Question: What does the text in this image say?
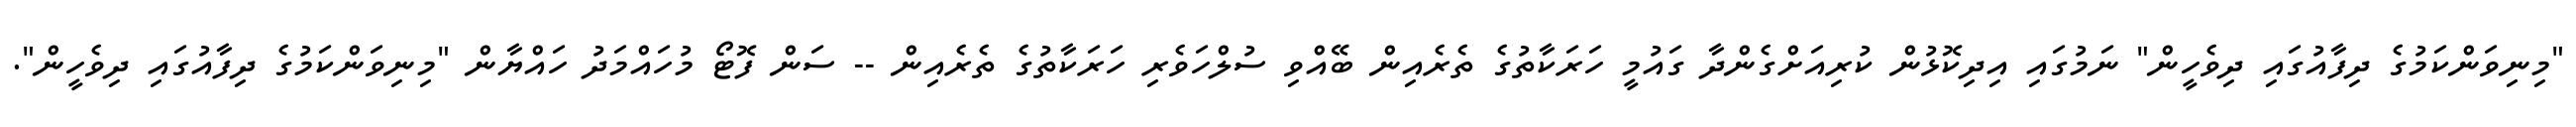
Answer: "މިނިވަންކަމުގެ ދިފާއުގައި ދިވެހީން" ނަމުގައި އިދިކޮޅުން ކުރިއަށްގެންދާ ގައުމީ ހަރަކާތުގެ ތެރެއިން ބޭއްވި ސުލްހަވެރި ހަރަކާތުގެ ތެރެއިން -- ސަން ފޮޓޯ މުހައްމަދު ހައްޔާން "މިނިވަންކަމުގެ ދިފާއުގައި ދިވެހީން".